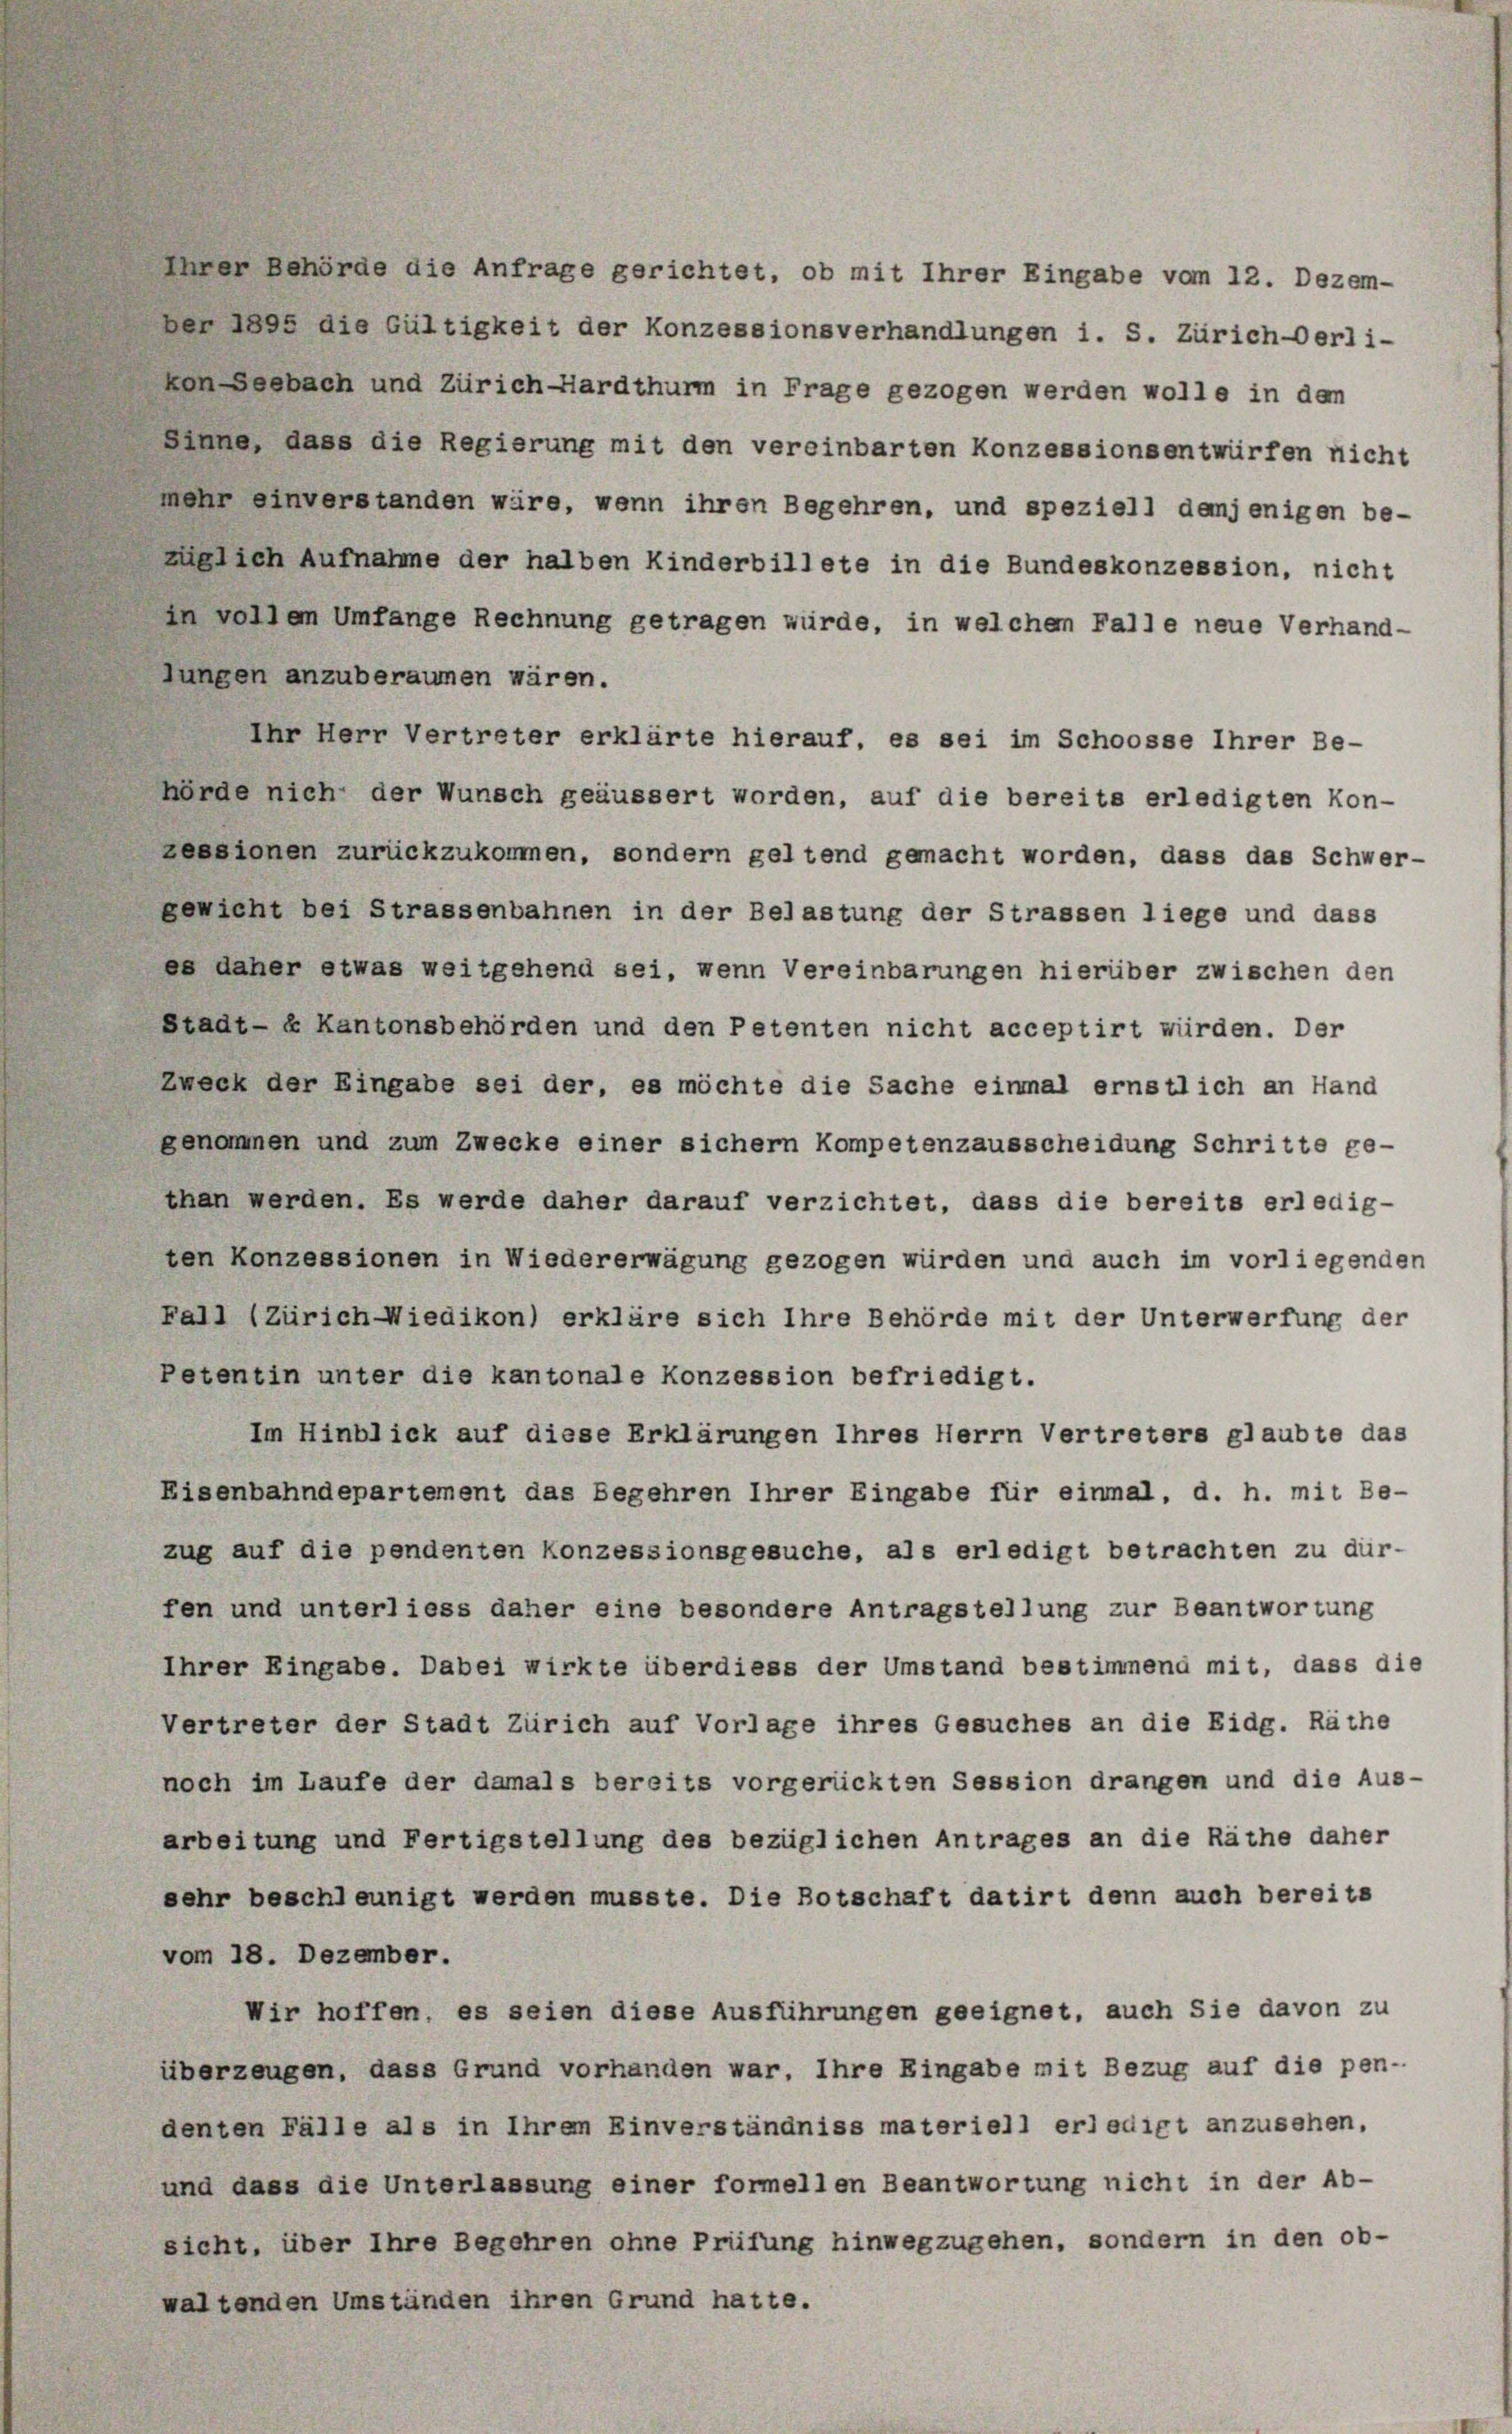
einen gehörde die Anfrage gerichtet, ob mit Ihrer Eingabe vom 12. Dezem-
ber 1895 die Gültigkeit der Konzessionsverhandlungen i. S. Zürich-Oerli-
Von Seebach und Zürich-ardthurm in Frage gezogen werden wolle in dem
Sinne, dass die Regierung mit den vereinbarten Konzessionsentwürfen nicht
mehr einverstanden wäre, wenn ihren Begehren, und speziell demjenigen be-
züglich Aufnahme der halben Kinderbillete in die Bundeskonzession, nicht
in vollem Umfange Rechnung getragen würde, in welchem Falle neue Verhand-
lungen anzuberaumen wären.
Ihr Herr Vertreter erklärte hierauf, es sei im Schoosse Ihrer Be-
hörde nich der Wunsch geäussert worden, auf die bereits erledigten Kon-
Lessionen zurückzukommen, sondern geltend gemacht worden, dass das Schwer-
gewicht bei Strassenbahnen in der Belastung der Strassen liege und dass
ee daher etwas weitgehend sei, wenn Vereinbarungen hierüber zwischen den
Stadt- & Kantonsbehörden und den Petenten nicht acceptirt würden. Der
Zweck der Eingabe sei der, es möchte die Sache einmal ernstlich an Hand
genommen und zum Zwecke einer sichern Kompetenzausscheidung Schritte ge-
than werden. Es werde daher darauf verzichtet, dass die bereits erledig-
ten Konzessionen in Wiedererwägung gezogen würden und auch im vorliegenden
Fall (Zürich Wiedikon) erkläre sich Ihre Behörde mit der Unterwerfung der
Petentin unter die kantonale Konzession befriedigt.
Im Hinblick auf diese Erklärungen Ihres Herrn Vertreters glaubte das
Eisenbahndepartement das Begehren Ihrer Eingabe für einmal, d. h. mit Be-
zug auf die pendenten Konzessionsgesuche, als erledigt betrachten zu dür-
fen und unterliess daher eine besondere Antragstellung zur Beantwortung
Ihrer Eingabe. Dabei wirkte überdiess der Umstand bestimmend mit, dass die
Vertreter der Stadt Zürich auf Vorlage ihres Gesuches an die Eidg. Räthe
noch im Laufe der damals bereits vorgerückten Session drangen und die Aus-
arbeitung und Fertigstellung des bezüglichen Antrages an die Räthe daher
sehr beschleunigt werden musste. Die Botschaft datirt denn auch bereits
vom 18. Dezember.
Wir hoffen, es seien diese Ausführungen geeignet, auch Sie davon zu
überzeugen, dass Grund vorhanden war. Ihre Eingabe mit Bezug auf die pen-
denten Fälle als in Ihrem Einverständniss materiell erledigt anzusehen,
und dass die Unterlassung einer formellen Beantwortung nicht in der Ab-
sicht, über Ihre Begehren ohne Prüfung hinwegzugehen, sondern in den ob-
waltenden Umständen ihren Grund hatte.